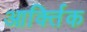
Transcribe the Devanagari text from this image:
आर्क्तिक